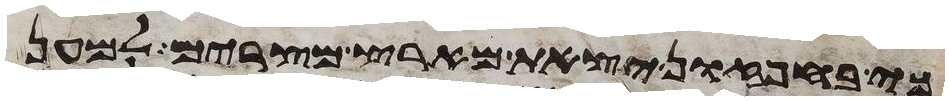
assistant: כי בחפזון יצאת מארץ מצרים למען